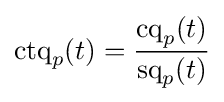
\operatorname {ctq} _{p}(t)={\frac {\operatorname {cq} _{p}(t)}{\operatorname {sq} _{p}(t)}}